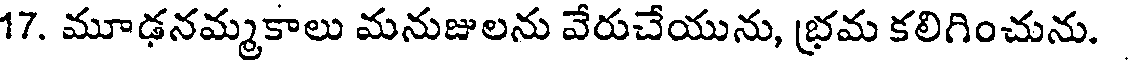
17. మూఢనమ్మకాలు మనుజులను వేరుచేయును, భ్రమ కలిగించును.